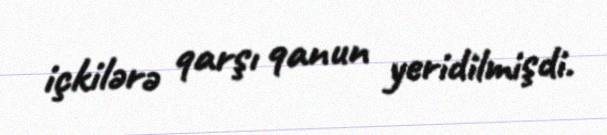
içkilərə qarşı qanun yeridilmişdi.